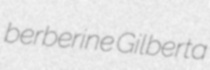
berberine Gilberta